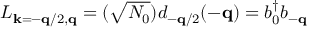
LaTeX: L _ { { \bf { k } } = - { \bf { q } } / 2 , { \bf { q } } } = ( \sqrt { N _ { 0 } } ) d _ { - { \bf { q } } / 2 } ( - { \bf { q } } ) = b _ { 0 } ^ { \dagger } b _ { - { \bf { q } } }